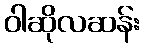
ဝါဆိုလဆန်း